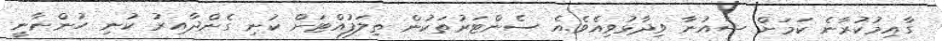
ގާއިމުކުރާނެ ކަމަށް ޝައުނާ ވިދާޅުވިއެވެ.އެ ސެންޓަރުތަކުން ތިލަފުއްޓަށް ކުނި ގެންދާއިރު ކުނި ހުންނާނީ